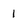
Character: 1